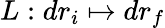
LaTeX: L:dr_{i}\mapsto dr_{f}